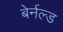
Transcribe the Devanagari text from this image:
बेर्नल्ड